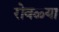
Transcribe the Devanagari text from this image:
रोवळ्या